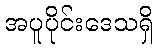
အပူပိုင်းဒေသရှိ